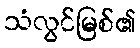
သံလွင်မြစ်၏